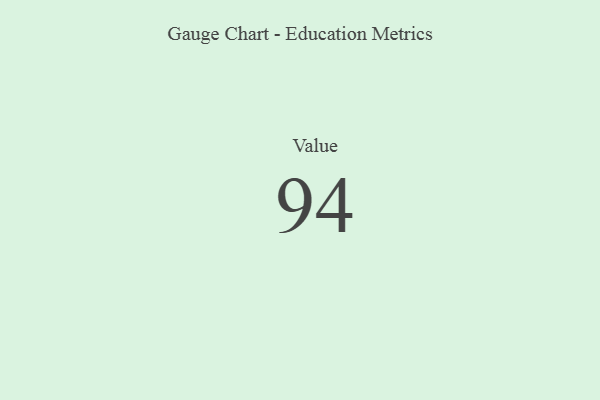
{"axis": {"x": "Metric", "y": "Value"}, "legend": [""], "data": [{"x": "Value", "y": 94, "type": ""}]}